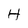
Character: H